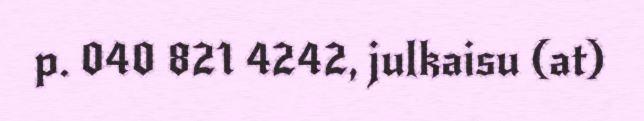
p. 040 821 4242, julkaisu (at)